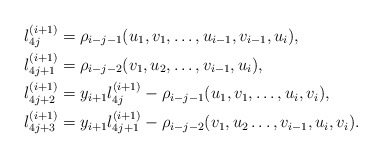
\begin{align*}l_{4j}^{(i+1)}&=\rho_{i-j-1}(u_1,v_1,\ldots,u_{i-1},v_{i-1},u_i),\\l_{4j+1}^{(i+1)}&=\rho_{i-j-2}(v_1,u_2,\ldots,v_{i-1},u_i),\\l_{4j+2}^{(i+1)}&=y_{i+1}l_{4j}^{(i+1)}-\rho_{i-j-1}(u_1,v_1,\ldots,u_i,v_i),\\l_{4j+3}^{(i+1)}&=y_{i+1}l_{4j+1}^{(i+1)}-\rho_{i-j-2}(v_1,u_2\ldots,v_{i-1},u_i,v_i).\end{align*}